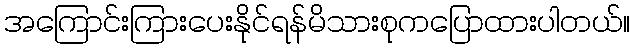
အကြောင်းကြားပေးနိုင်ရန်မိသားစုကပြောထားပါတယ်။